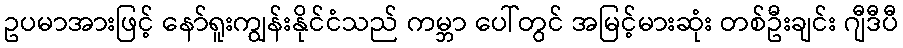
ဥပမာအားဖြင့် နော်ရူးကျွန်းနိုင်ငံသည် ကမ္ဘာ ပေါ်တွင် အမြင့်မားဆုံး တစ်ဦးချင်း ဂျီဒီပီ